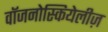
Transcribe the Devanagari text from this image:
वॉजनोस्कियेलीज़